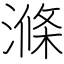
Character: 滌